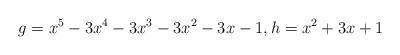
LaTeX: \begin{align*} g = x^5 - 3x^4 - 3x^3 - 3x^2 - 3x - 1, h=x^2 + 3x + 1 \end{align*}